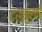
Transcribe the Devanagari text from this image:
दशमुखों